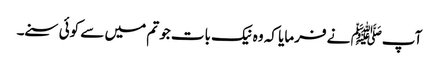
آپﷺ نے فرمایا کہ وہ نیک بات جو تم میں سے کوئی سنے۔